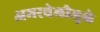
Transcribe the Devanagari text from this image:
अमरवेलीमुळे